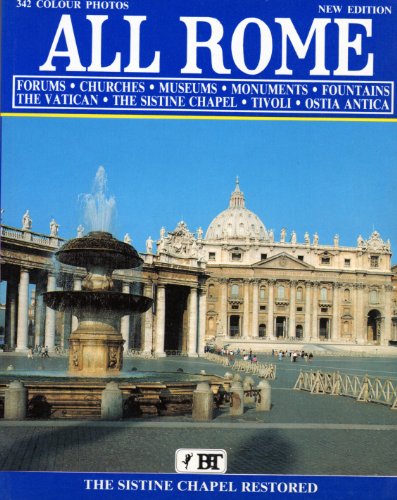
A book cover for All Rome: Forums, Churches, Museums, Monuments, Fountains, The Vatican, The Sistine Chapel, Tivoli, Ostia Antica; Vittorio Serra; Travel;